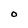
Character: O